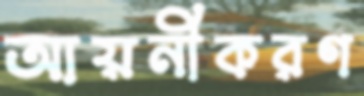
আয়নীকরণ